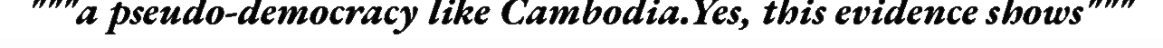
"""a pseudo-democracy like Cambodia.Yes, this evidence shows"""